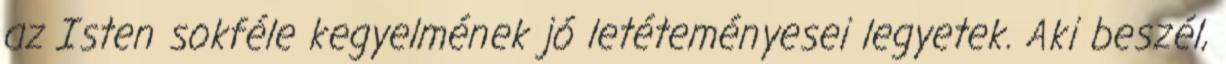
az Isten sokféle kegyelmének jó letéteményesei legyetek. Aki beszél,